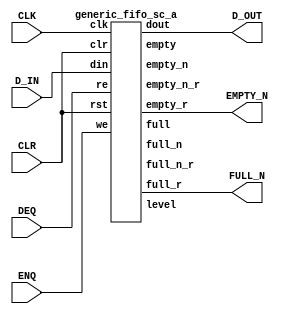
`define  n 32
`define max_size 30
`define SIMULATION_MEMORY
//`define SC_FIFO_ASYNC_RESET				// Uncomment for Syncr. reset
//`define SC_FIFO_ASYNC_RESET	or negedge rst		// Uncomment for Async. reset
 `define dwa  60
`define awa  6
//`define SC_FIFO_ASYNC_RESET				// Uncomment for Syncr. reset
//`define SC_FIFO_ASYNC_RESET	or negedge rst		// Uncomment for Async. reset
 `define dwb  32
`define awb  2
//`define SC_FIFO_ASYNC_RESET				// Uncomment for Syncr. reset
//`define SC_FIFO_ASYNC_RESET	or negedge rst		// Uncomment for Async. reset
 `define dwc  61
`define awc 3

module SizedFIFO_a  (CLK, D_IN,ENQ,DEQ,CLR,D_OUT,FULL_N,EMPTY_N);


input CLK;
input [59:0] D_IN;
input ENQ;
input DEQ;
input	CLR;
output [59:0]	D_OUT;
output	FULL_N;
output	EMPTY_N;
		


wire full;
wire empty;
wire full_n;
wire empty_n;
wire full_n_r;
wire empty_n_r;
wire [1:0] level;

wire always_one;
wire always_zero;

assign always_one = 1'b1;
assign always_zero = 1'b0;

generic_fifo_sc_a fifo_1
(.clk(CLK),
 .rst(CLR),
 .clr (CLR),
 .din (D_IN),
 .we (ENQ),
 .dout (D_OUT),
 .re (DEQ),
 .full(full),
 .empty(empty),
 .full_n(full_n),
 .empty_n(empty_n),
 .full_r (FULL_N),
 .empty_r(EMPTY_N),
 .full_n_r (full_n_r),
 .empty_n_r (empty_n_r),
 .level(level)
 );
 







endmodule
module generic_fifo_sc_a(clk, rst, clr, din, we, dout, re,
			 full, empty,
             full_n, empty_n,
             full_r, empty_r,
			 full_n_r, empty_n_r,
             level);
 /*
parameter dw=8;
parameter aw=8;
parameter n=32;
parameter max_size = 1<<aw;
 */
input			clk, rst, clr;
input	[`dwa-1:0]	din;
input			we;
output	[`dwa-1:0]	dout;
input			re;
output			full, full_r;
output			empty, empty_r;
output			full_n, full_n_r;
output			empty_n, empty_n_r;
output	[1:0]		level;
 
////////////////////////////////////////////////////////////////////
//
// Local Wires
//
 
reg	[`awa-1:0]	wp;
wire	[`awa-1:0]	wp_pl1;
wire	[`awa-1:0]	wp_pl2;
reg	[`awa-1:0]	rp;
wire	[`awa-1:0]	rp_pl1;
reg			full_r;
reg			empty_r;
reg			gb;
reg			gb2;
reg	[`awa:0]		cnt;
wire			full_n, empty_n;
reg			full_n_r, empty_n_r;
 
////////////////////////////////////////////////////////////////////
//
// Memory Block
//
 wire always_zero;
 assign always_zero = 1'b0;
 wire [`dwa-1:0] junk_out;
 
 wire [`dwa-1:0] junk_in;
 
 // manually assign
 assign junk_in = 60'b000000000000000000000000000000000000000000000000000000000000;

defparam ram1.ADDR_WIDTH = `awa;
defparam ram1.DATA_WIDTH = `dwa;
dual_port_ram   ram1(
	.clk(		clk		),
	.addr1(		rp		),
	.addr2(		wp		),
	.we1(		we		),
	.we2(		always_zero		),
	.out1(		dout		),
	.out2(		junk_out		),
	.data1(		din		),
	.data2 (	junk_in)
	);
 
////////////////////////////////////////////////////////////////////
//
// Misc Logic
//
 
always @(posedge clk )
	if(!rst)	wp <=  {6'b000000};
	else
	if(clr)		wp <=  {6'b000000};
	else
	if(we)		wp <=  wp_pl1;
 
assign wp_pl1 = wp + { {5'b00000}, 1'b1};
assign wp_pl2 = wp + { {4'b0000}, 2'b10};
 
always @(posedge clk )
	if(!rst)	rp <=  {6'b000000};
	else
	if(clr)		rp <=  {6'b000000};
	else
	if(re)		rp <=  rp_pl1;
 
assign rp_pl1 = rp + { {5'b00000}, 1'b1};
 
////////////////////////////////////////////////////////////////////
//
// Combinatorial Full & Empty Flags
//
 
assign empty = ((wp == rp) & !gb);
assign full  = ((wp == rp) &  gb);
 
// Guard Bit ...
always @(posedge clk )
	if(!rst)			gb <=  1'b0;
	else
	if(clr)				gb <=  1'b0;
	else
	if((wp_pl1 == rp) & we)		gb <=  1'b1;
	else
	if(re)				gb <=  1'b0;
 
////////////////////////////////////////////////////////////////////
//
// Registered Full & Empty Flags
//
 
// Guard Bit ...
always @(posedge clk )
	if(!rst)			gb2 <=  1'b0;
	else
	if(clr)				gb2 <=  1'b0;
	else
	if((wp_pl2 == rp) & we)		gb2 <=  1'b1;
	else
	if((wp != rp) & re)		gb2 <=  1'b0;
 
always @(posedge clk )
	if(!rst)				full_r <=  1'b0;
	else
	if(clr)					full_r <=  1'b0;
	else
	if(we & ((wp_pl1 == rp) & gb2) & !re)	full_r <=  1'b1;
	else
	if(re & ((wp_pl1 != rp) | !gb2) & !we)	full_r <=  1'b0;
 
always @(posedge clk )
	if(!rst)				empty_r <=  1'b1;
	else
	if(clr)					empty_r <=  1'b1;
	else
	if(we & ((wp != rp_pl1) | gb2) & !re)	empty_r <=  1'b0;
	else
	if(re & ((wp == rp_pl1) & !gb2) & !we)	empty_r <=  1'b1;
 
////////////////////////////////////////////////////////////////////
//
// Combinatorial Full_n & Empty_n Flags
//
 
assign empty_n = cnt < `n;
assign full_n  = !(cnt < (`max_size-`n+1));
assign level = {{cnt[`awa]}, {cnt[`awa]}} | cnt[`awa-1:`awa-2];
 
// N entries status
always @(posedge clk )
	if(!rst)	cnt <=  {6'b000000};
	else
	if(clr)		cnt <=  {6'b000000};
	else
	if( re & !we)	cnt <=  cnt + { 7'b1111111};
	else
	if(!re &  we)	cnt <=  cnt + { {6'b0000}, 1'b1};
 
////////////////////////////////////////////////////////////////////
//
// Registered Full_n & Empty_n Flags
//
 
always @(posedge clk )
	if(!rst)				empty_n_r <=  1'b1;
	else
	if(clr)					empty_n_r <=  1'b1;
	else
	if(we & (cnt >= (`n-1) ) & !re)		empty_n_r <=  1'b0;
	else
	if(re & (cnt <= `n ) & !we)		empty_n_r <=  1'b1;
 
always @(posedge clk )
	if(!rst)				full_n_r <=  1'b0;
	else
	if(clr)					full_n_r <=  1'b0;
	else
	if(we & (cnt >= (`max_size-`n) ) & !re)	full_n_r <=  1'b1;
	else
	if(re & (cnt <= (`max_size-`n+1)) & !we)	full_n_r <=  1'b0;

endmodule

module dual_port_ram(
clk,
addr1,
addr2,
data1,
data2,
we1,
we2,
out1,
out2
);

parameter DATA_WIDTH = 256;
parameter ADDR_WIDTH = 10;
input clk;
input [ADDR_WIDTH-1:0] addr1;
input [ADDR_WIDTH-1:0] addr2;
input [DATA_WIDTH-1:0] data1;
input [DATA_WIDTH-1:0] data2;
input we1;
input we2;
output reg [DATA_WIDTH-1:0] out1;
output reg [DATA_WIDTH-1:0] out2;

reg [DATA_WIDTH-1:0] ram[ADDR_WIDTH-1:0];

always @(posedge clk) begin
  if (we1) begin
    ram[addr1] <= data1;
  end
  else begin
    out1 <= ram[addr1];
  end
end

always @(posedge clk) begin
  if (we2) begin
    ram [addr2] <= data2;
  end
  else begin
    out2 <= ram[addr2];
  end
end

endmodule